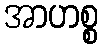
အာဟစ္စ